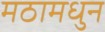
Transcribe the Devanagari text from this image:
मठामधुन